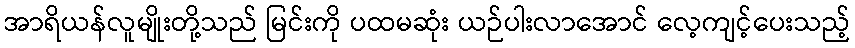
အာရိယန်လူမျိုးတို့သည် မြင်းကို ပထမဆုံး ယဉ်ပါးလာအောင် လေ့ကျင့်ပေးသည့်